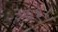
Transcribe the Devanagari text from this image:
३७१८